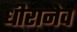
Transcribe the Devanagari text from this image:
धीरानेव